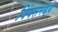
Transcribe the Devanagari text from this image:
पिंपरामध्ये